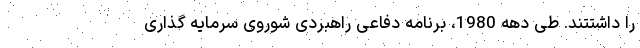
را داشتتند. طی دهه 1980، برنامه دفاعی راهبردی شوروی سرمایه گذاری